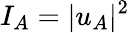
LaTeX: I_{A}=|u_{A}|^{2}